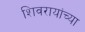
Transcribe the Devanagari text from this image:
शिवरायांच्या